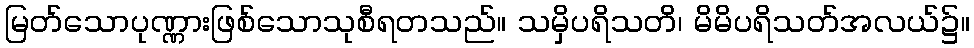
မြတ်သောပုဏ္ဏားဖြစ်သောသုစီရတသည်။ သမှိပရိသတိ၊ မိမိပရိသတ်အလယ်၌။